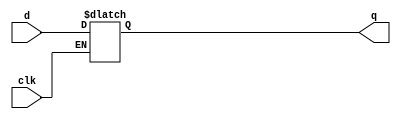
// This program was cloned from: https://github.com/RomeoMe5/DDLM
// License: MIT License

module d_latch
(
    input       clk,
    input       d,
    output reg  q
);

    always @ (clk or d)
        if(clk)
            q <= d;

endmodule